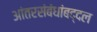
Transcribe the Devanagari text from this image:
आंतरसंबंधांबद्दल